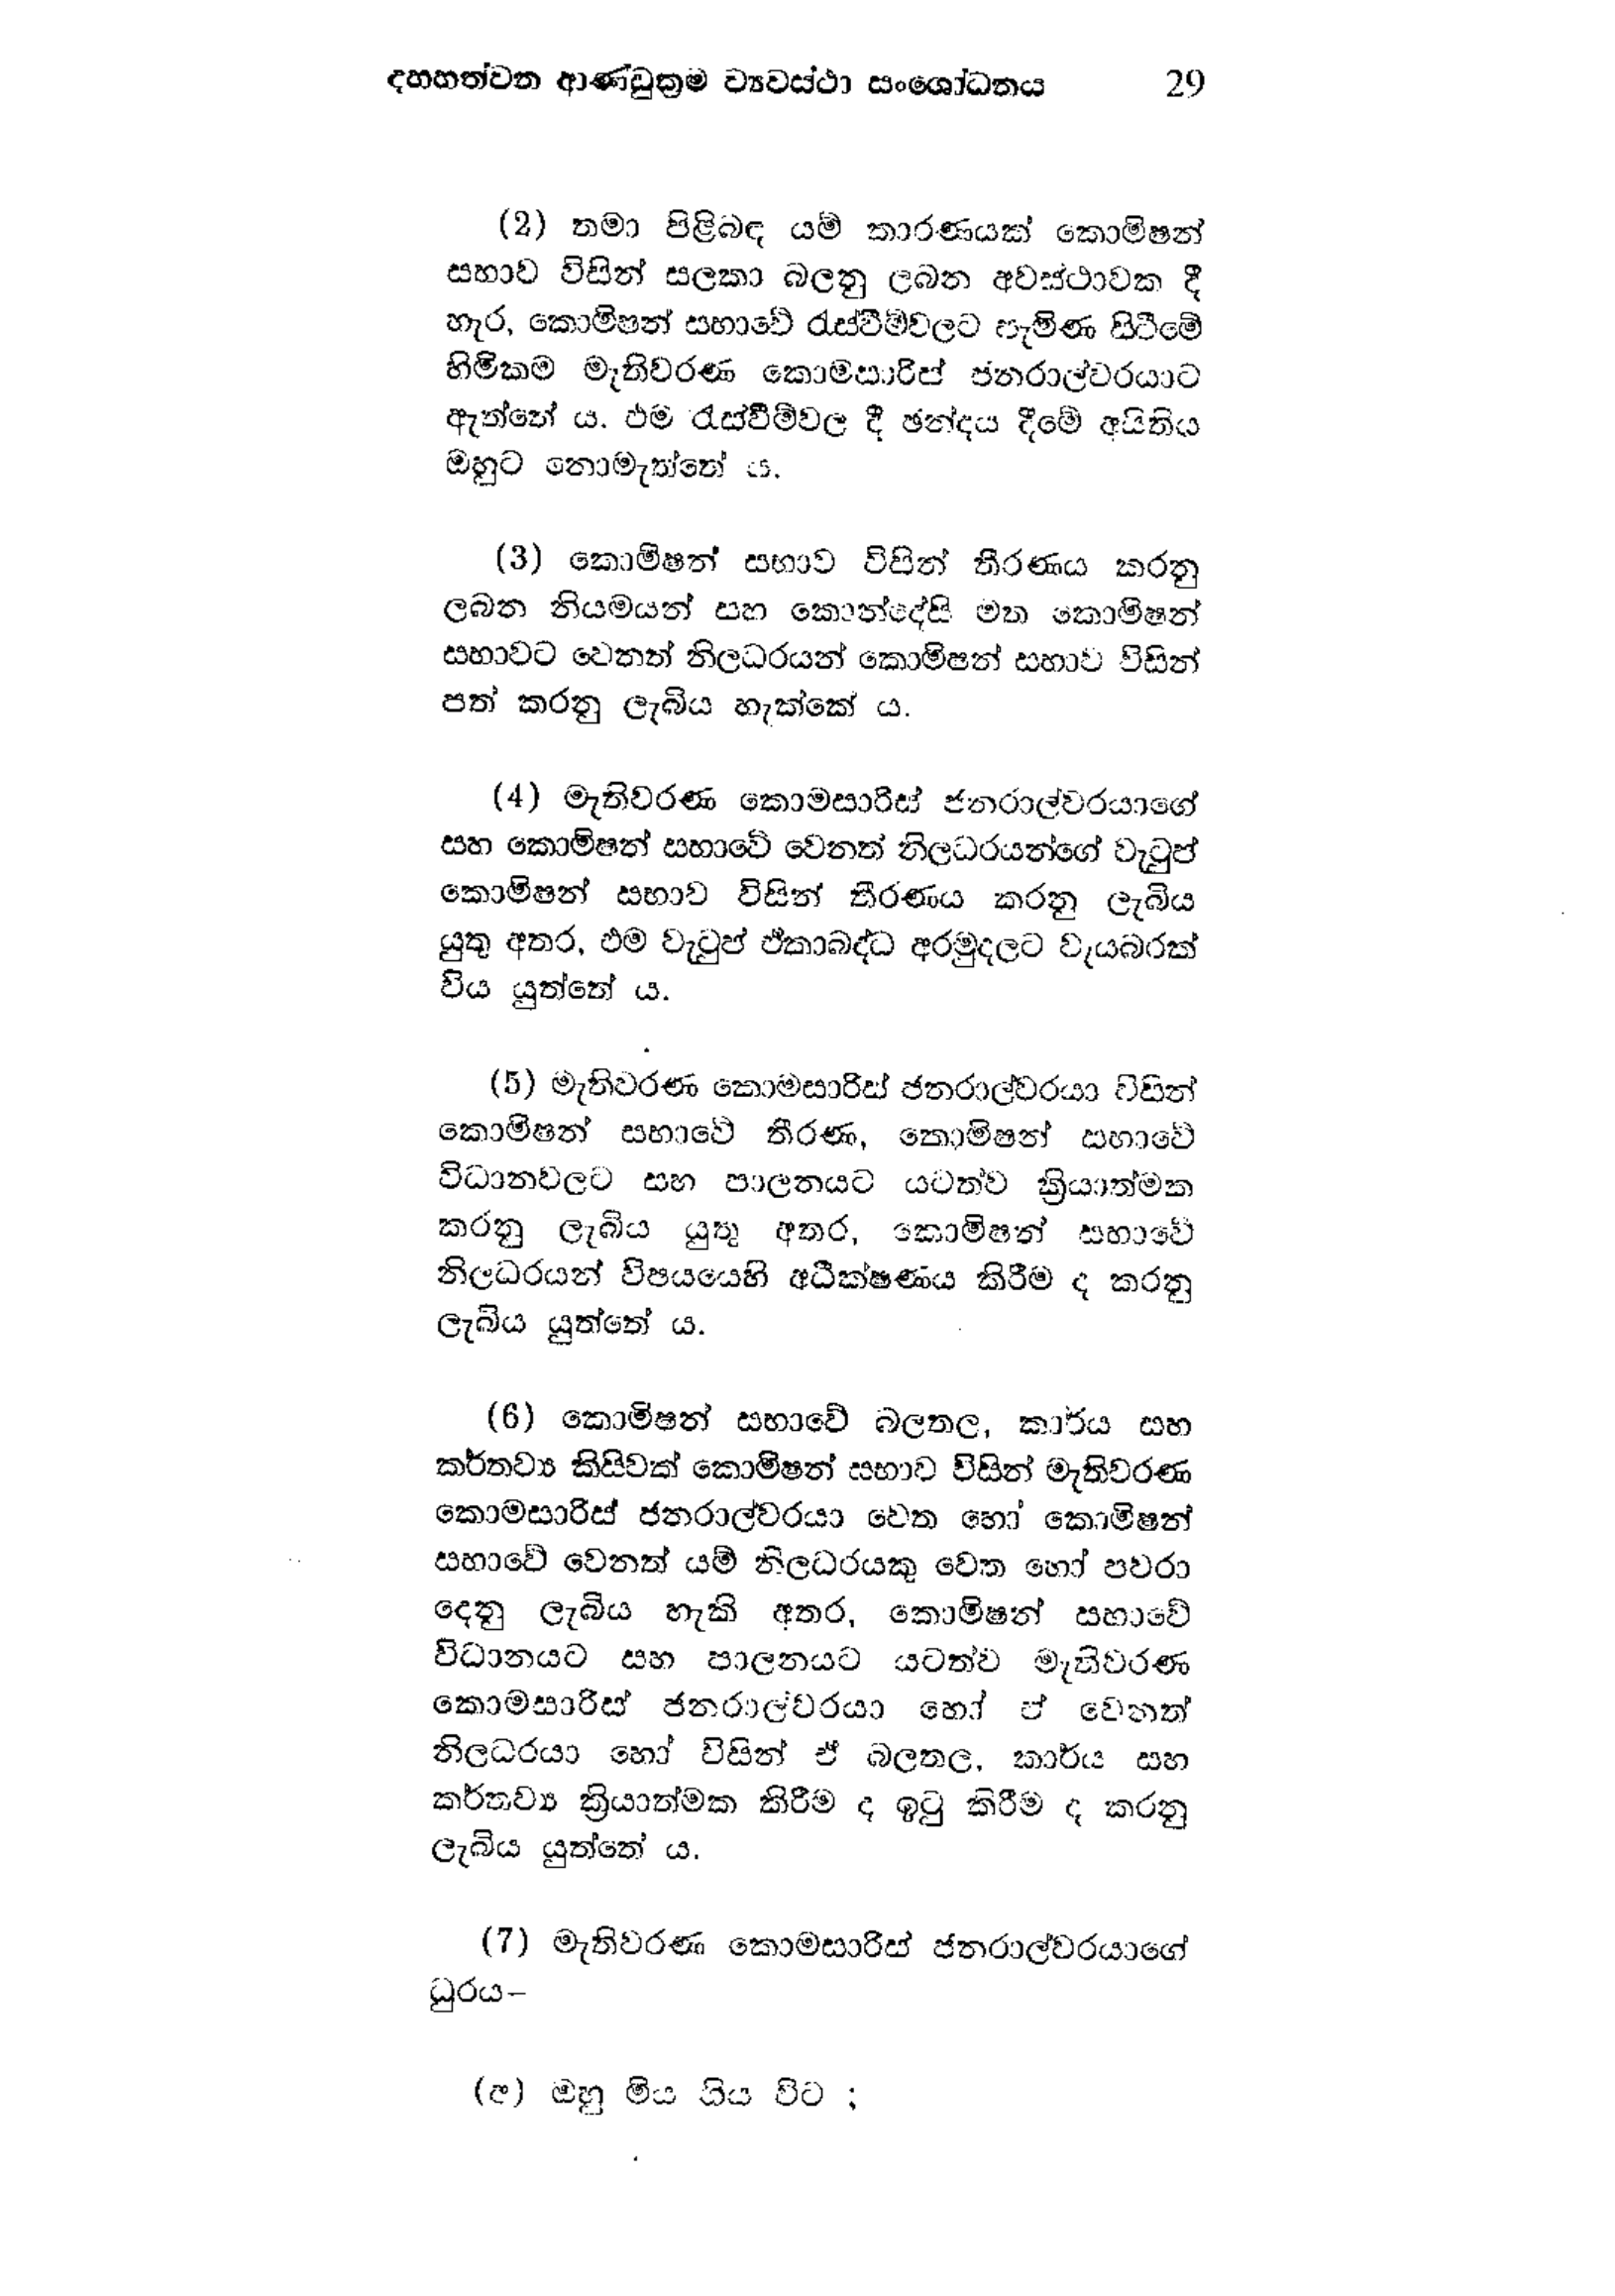
දහහත්වන ආණ්ඩුක්‍රම ව්‍යවස්ථා සංශෝධනය 29

(2) තමා පිළිබඳ යම් කාරණයක් කොමිෂන්
සභාව විසින් සලකා බලනු ලබන අවස්ථාවක දී
හැර, කොමිෂන් සභාවේ රැස්වීම්වලට පැමිණ සිටීමේ
හිමිකම මැතිවරණ කොමසාරිස් ජනරාල්වරයාට
ඇත්තේය. එම රැස්වීම්වලදී ඡන්දය දීමේ අයිතිය
ඔහුට නොමැත්තේය.

( 3 ) කොමිෂන් සභාව විසින් තීරණය කරනු
ලබන නියමයන් සහ කොන්දේසි මත කොමිෂන්
සභාවට වෙනත් නිලධරයන් කොමිෂන් සභාව විසින්
පත් කරනු ලැබිය හැක්කේ ය.

(4) මැතිවරණ කොමසාරිස් ජනරාල්වරයාගේ
සහ කොමිෂන් සභාවේ වෙනත් නිලධරයන්ගේ වැටුප්
කොමිෂන් සභාව විසින් තීරණය කරනු ලැබිය
යුතු අතර, එම වැටුප් ඒකාබද්ධ අරමුදලට වැය බරක්
විය යුත්තේය.

(5) මැතිවරණ කොමසාරිස් ජනරාල්වරයා විසින්
කොමිෂන් සභාවේ තීරණ, කොමිෂන් සභාවේ
විධාන වලට සහ පාලනයට යටත්ව ක්‍රියාත්මක
කරනු ලැබිය යුතු අතර, කොමිෂන් සභාවේ
නිලධරයන් විෂයයෙහි අධීක්ෂණය කිරීම ද කරනු
ලැබිය යුත්තේ ය.

(6) කොමිෂන් සභාවේ බලතල, කාර්ය සහ
කර්තව්‍ය කිසිවක් කොමිෂන් සභාව විසින් මැතිවරණ
කොමසාරිස් ජනරාල්වරයා වෙත හෝ කොමිෂන්
සභාවේ වෙනත් යම් නිලධරයෙකු වෙත හෝ පවරා
දෙනු ලැබිය හැකි අතර, කොමිෂන් සභාවේ
විධානයට සහ පාලනයට යටත්ව මැතිවරණ
කොමසාරිස් ජනරාල්වරයා හෝ ඒ වෙතත්
නිලධරයා හෝ විසින් ඒ බලතල, කාර්ය සහ
කර්තව්‍ය ක්‍රියාත්මක කිරීම ද ඉටු කිරීම ද කරනු
ලැබිය යුත්තේ ය.

(7) මැතිවරණ කොමසාරිස් ජනරාල්වරයාගේ
ධුරය-

( අ ) ඔහු මිය ගිය විට ;